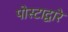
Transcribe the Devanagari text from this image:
पोस्टाद्वारे